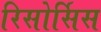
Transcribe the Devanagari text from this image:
रिसोर्सिस